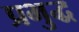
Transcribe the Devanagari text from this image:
प्रभुद्ध